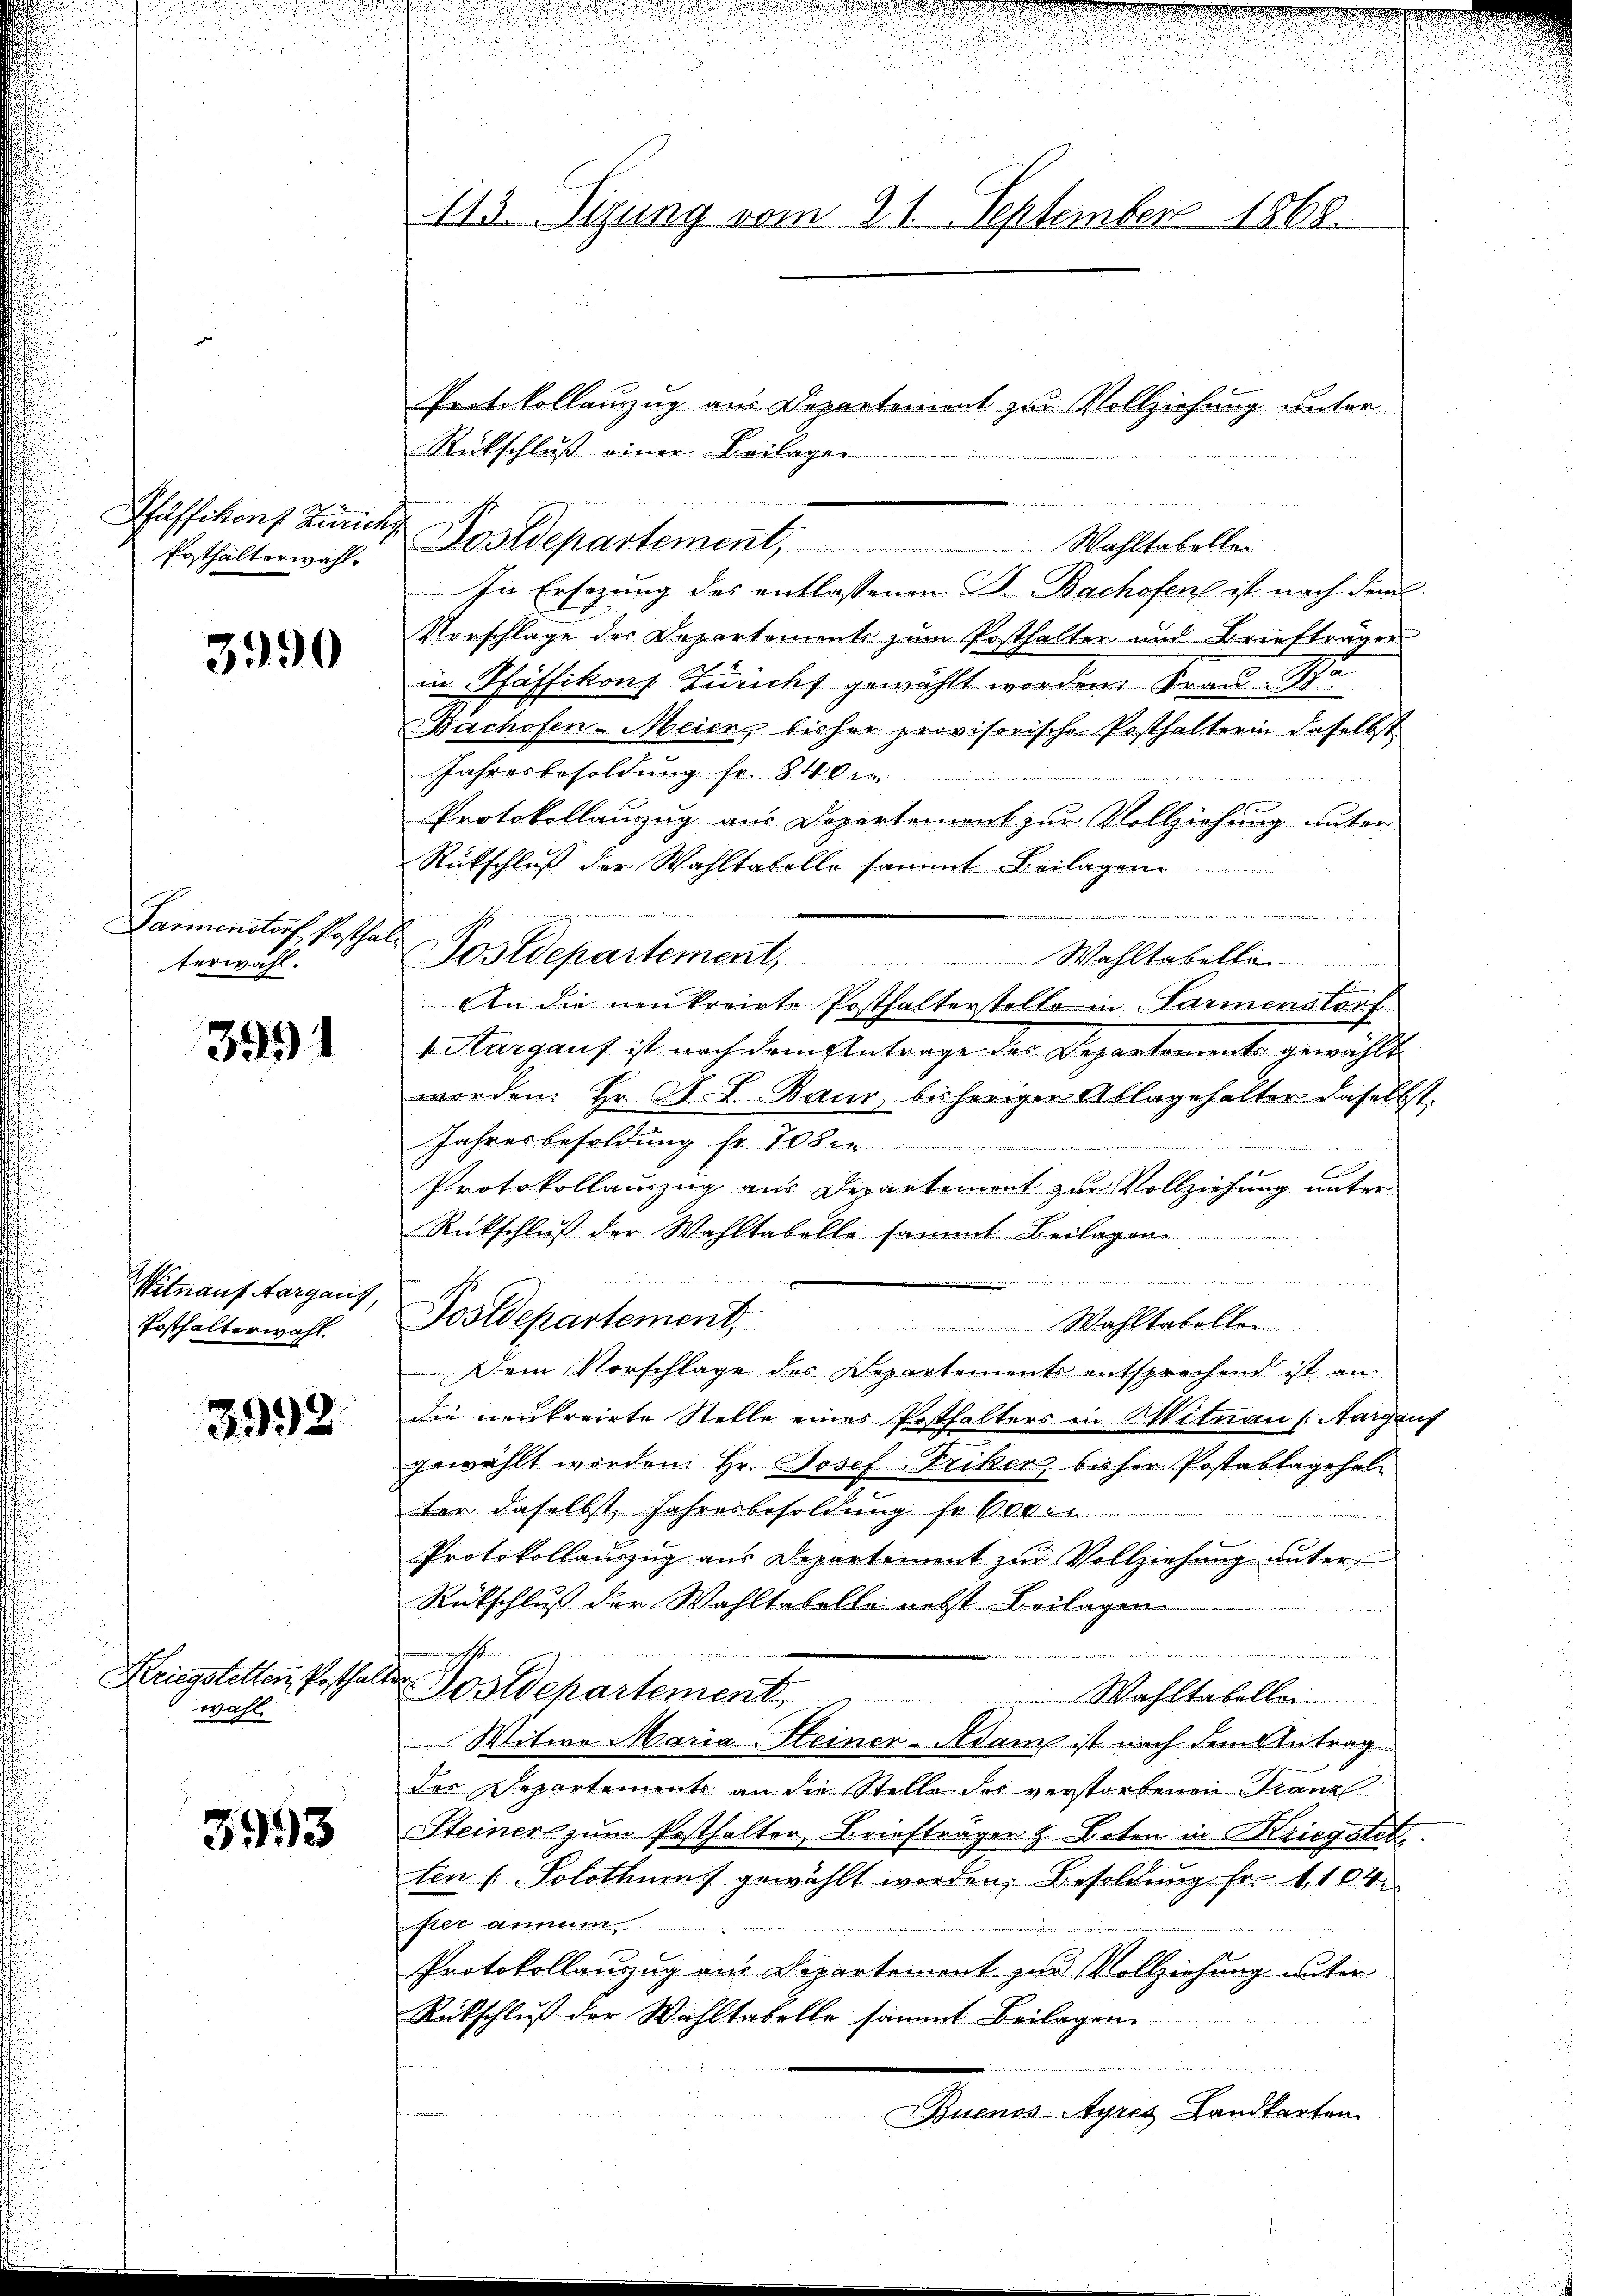
Prsthalterwahl.

3990

Carmenstorf, Posthalterwahl.

3991

Mitnauf Aargaus,
Posthalterwahl.

3992

Kriegstelten, Posthal
wahl

3993

113. Sitzung vom 21. September 1868.

Rückschluß einer Beilagen
In Ersezung des entlassenen D. Bachofen ist nach dem
Vorschlage der Departements zum Posthalter und Briefträger
in Pfäffikons Züricht gewählt worden Frau Scha
Bachofen-Meier, bisher provisorische Posthalterin daselbst
Jahresbesoldung fr. 840 e
Protokollanzug aus Departement zur Vollziehung unter
Rückschluß der Wahltabelle sammt Beilagen

Postdepartement, Wahltabelle
d
An die neukreirte Posthalterstelle in Farmenstorf
v. Aargauf ist nach dem Antrage des Departements gewählt
werden. Hr. R. I. Raur, bisheriger Ablagehalter daselbst.
Jahresbesoldung fr. 70 die
Protokollauszug aus Departement zur Vollziehung unter
Rückschluß der Wahltabelle sammt Beilagen
u
Postdepartement. Wahltabellen.
Dein Vorschlage des Departements entsprechend ist an
die neutreite Stelle eines Posthalters in Mitnau (Aargauf
gewählt worden Hr. Josef-Friker, bisher Postablagehalter daselbst, Jahresbesoldung so blin
Protokollauszug aus Departement zur Vollziehung unter
Rütschluß der Wohltabelle nebst Beilagen

e
sam. 1.
e Postdepartement
 Wahltabellei
Witwe Maria Steiner-Adam ist nach dem Antrag
der Departemente an die Stelle des verstorbenen Franzl
Steiner zum Posthalter, Briefträgen z. Boten in Kriegstet.
ten (Solothur gewählt worden, Besoldung fr. 1104.
fler annum
Protokollanzug am Departement zur Vollziehung unter
Rückschluß der Wahltabelle sammt Beilagen
n
Buenos Ayres Landkarten

Pfäffikons Bunder Postdepartement, Wahltabellen

Protokollauszug aus Departement zur Vollziehung unter